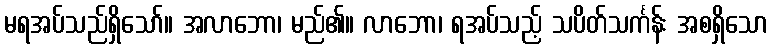
မရအပ်သည်ရှိသော်။ အလာဘော၊ မည်၏။ လာဘော၊ ရအပ်သည့် သပိတ်သင်္ကန်း အစရှိသော